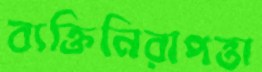
ব্যক্তিনিরাপত্তা